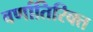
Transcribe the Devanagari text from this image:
वर्णातिरिक्त